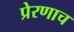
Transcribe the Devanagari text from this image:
प्रेरणाच